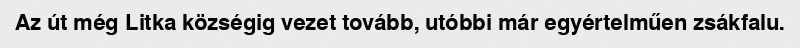
Az út még Litka községig vezet tovább, utóbbi már egyértelműen zsákfalu.